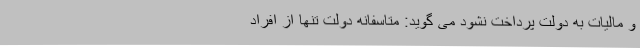
و مالیات به دولت پرداخت نشود می گوید: متاسفانه دولت تنها از افراد